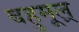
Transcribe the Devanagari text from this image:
बहुमूल्र